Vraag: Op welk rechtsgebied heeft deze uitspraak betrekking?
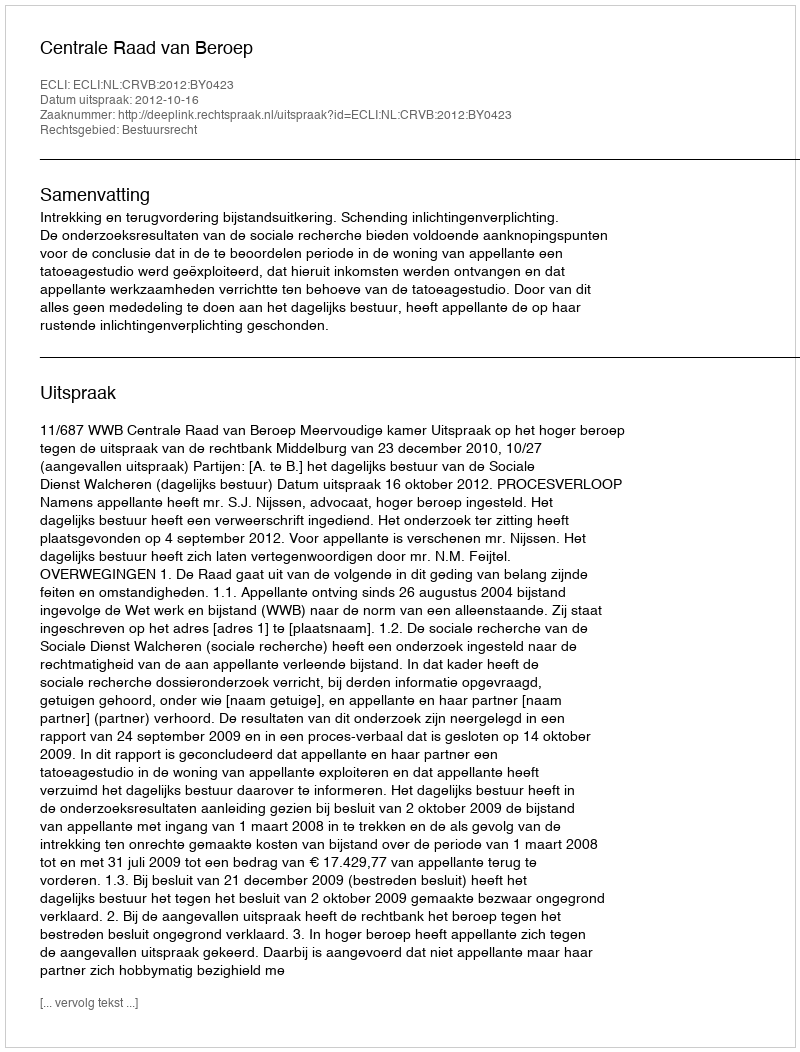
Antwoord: Bestuursrecht